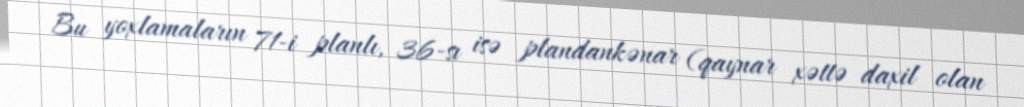
Bu yoxlamaların 71-i planlı, 36-sı isə plandankənar (qaynar xəttə daxil olan